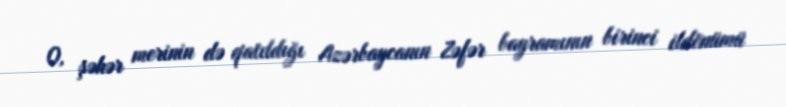
O, şəhər merinin də qatıldığı Azərbaycanın Zəfər bayramının birinci ildönümü